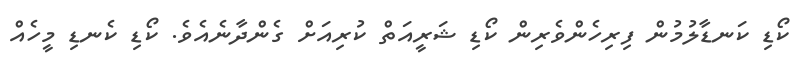
ކޯޑި ކަނޑާލުމުން ފިރިހެންވެރިން ކޯޑި ޝަރީއަތް ކުރިއަށް ގެންދާނެއެވެ. ކޯޑި ކެނޑި މީހެއް